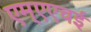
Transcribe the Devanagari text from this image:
एम्एएचई